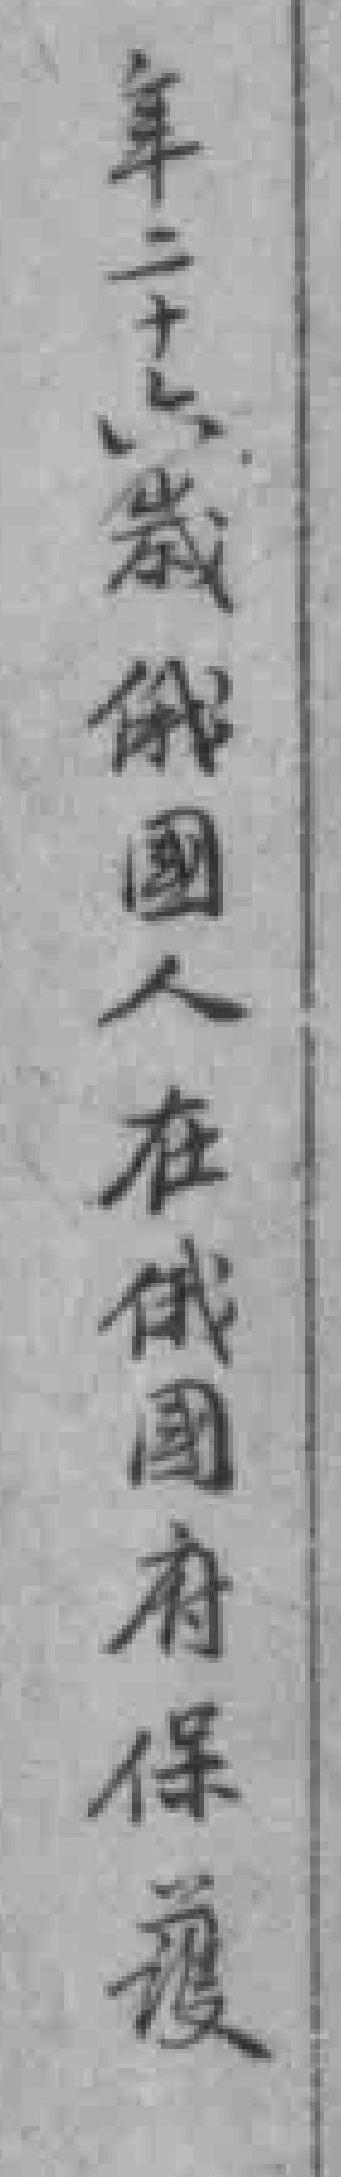
年二十六歲俄國人在俄國府保護